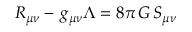
R _ { \mu \nu } - \, g _ { \mu \nu } \Lambda = 8 \pi \, G \, S _ { \mu \nu }